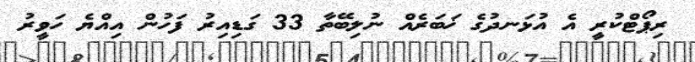
ރިޕޯޓްކުރީ އެ އުޅަނދުގެ ޚަބަރެއް ނުލިބޭތާ 33 ގަޑިއިރު ފަހުން އިއްޔެ ހަވީރު